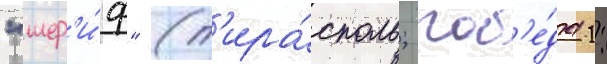
"шер'и́ф" (т'ира́споль; поб'е́да 1: